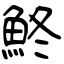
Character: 鮗